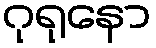
ဂုရုနော